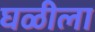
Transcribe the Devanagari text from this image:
घळीला